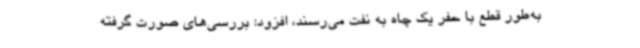
به‌طور قطع با حفر یک چاه به نفت می‌رسند، افزود: بررسی‌های صورت گرفته